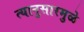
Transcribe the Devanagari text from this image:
त्यानुसारमुळे